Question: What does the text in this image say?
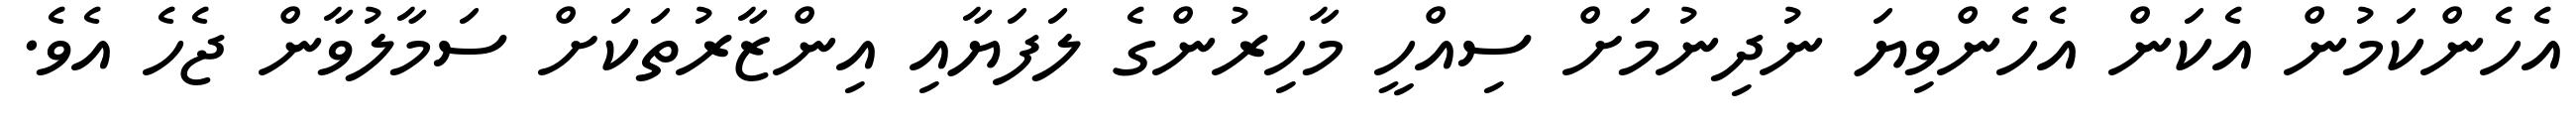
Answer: އެހެންކަމުން އެކަން އެހެންވިޔަ ނުދިނުމަށް ސިއްހީ މާހިރުންގެ ލަފަޔާއި އިންޒާރުތަކަށް ސަމާލުވާން ޖެހެ އެވެ.